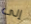
إلى